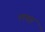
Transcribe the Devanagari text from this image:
लवह